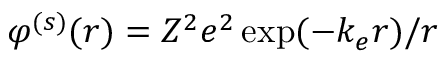
{ \varphi ^ { ( s ) } ( \boldsymbol { r } ) = Z ^ { 2 } e ^ { 2 } \exp ( - k _ { e } r ) / r }